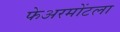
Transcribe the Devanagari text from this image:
फेअरमोंटला